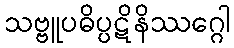
သဗ္ဗူပဓိပ္ပဋိနိဿဂ္ဂေါ